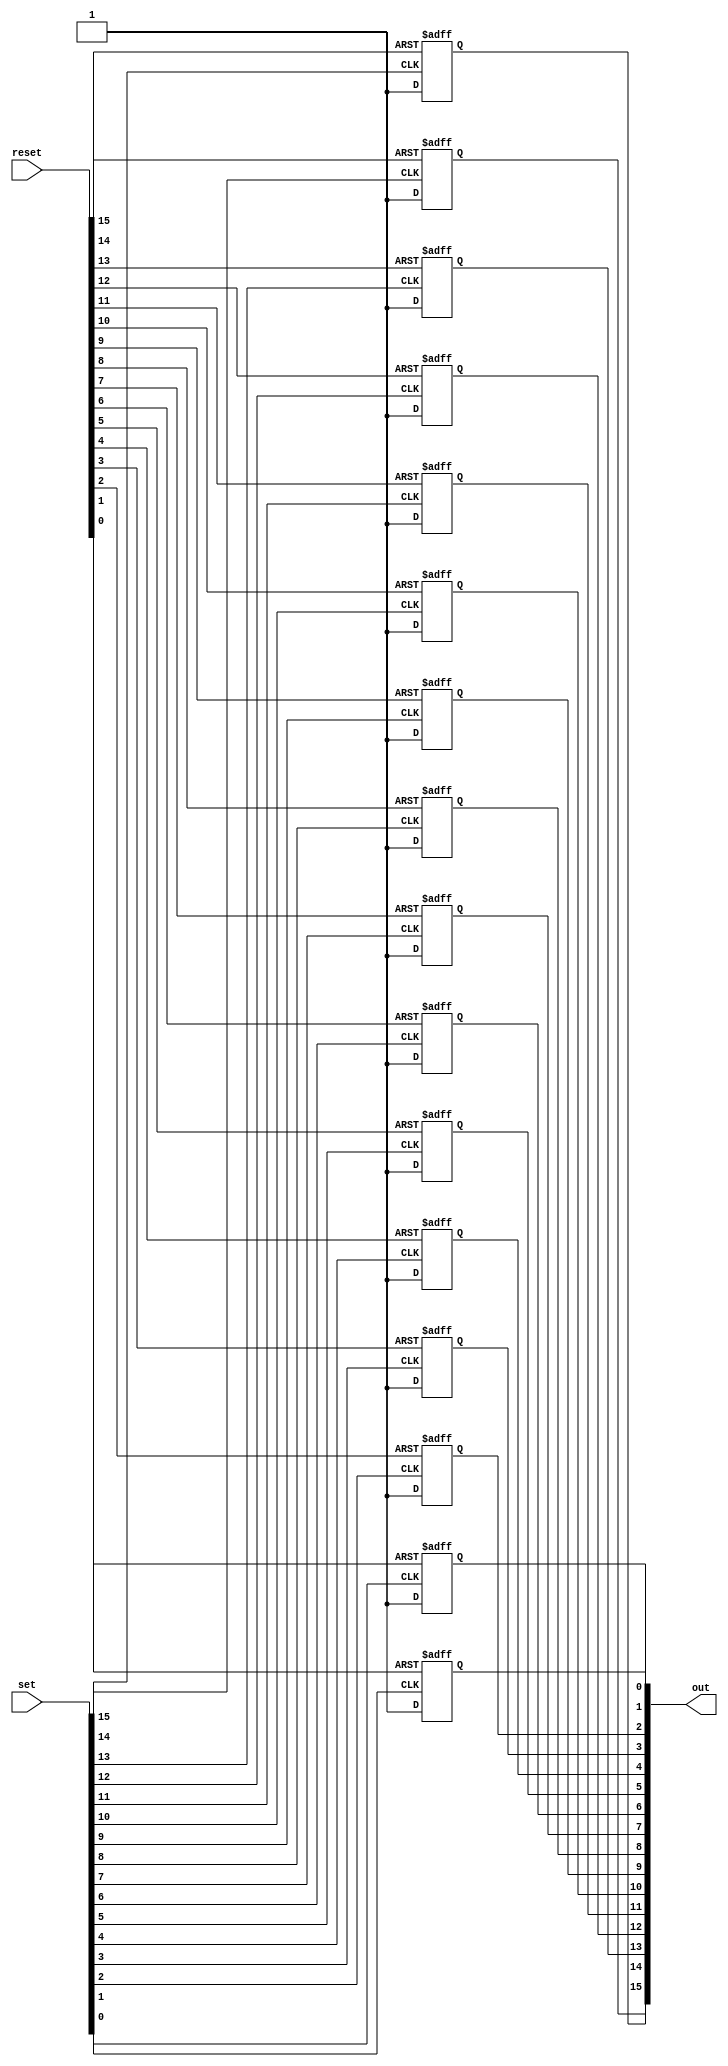
//
// mfp_srff16.v
//
// 16 bit set/reset flip flop. Each bit is set on the rising edge of set
// and asynchronoulsy cleared by the corresponding reset bit
//
// http://code.google.com/p/mist-board/
//
// Copyright (c) 2014 Till Harbaum <till@harbaum.org>
//
// This source file is free software: you can redistribute it and/or modify
// it under the terms of the GNU General Public License as published
// by the Free Software Foundation, either version 3 of the License, or
// (at your option) any later version.
//
// This source file is distributed in the hope that it will be useful,
// but WITHOUT ANY WARRANTY; without even the implied warranty of
// MERCHANTABILITY or FITNESS FOR A PARTICULAR PURPOSE.  See the
// GNU General Public License for more details.
//
// You should have received a copy of the GNU General Public License
// along with this program.  If not, see <http://www.gnu.org/licenses/>.

module mfp_srff16 (
        input [15:0] set,
        input [15:0] reset,
        output reg [15:0] out
);

always @(posedge set[0] or posedge reset[0]) begin
	if(reset[0]) out[0] <= 1'b0;
	else         out[0] <= 1'b1;
end
	
always @(posedge set[1] or posedge reset[1]) begin
	if(reset[1]) out[1] <= 1'b0;
	else         out[1] <= 1'b1;
end

always @(posedge set[2] or posedge reset[2]) begin
	if(reset[2]) out[2] <= 1'b0;
	else         out[2] <= 1'b1;
end

always @(posedge set[3] or posedge reset[3]) begin
	if(reset[3]) out[3] <= 1'b0;
	else         out[3] <= 1'b1;
end

always @(posedge set[4] or posedge reset[4]) begin
	if(reset[4]) out[4] <= 1'b0;
	else         out[4] <= 1'b1;
end

always @(posedge set[5] or posedge reset[5]) begin
	if(reset[5]) out[5] <= 1'b0;
	else         out[5] <= 1'b1;
end

always @(posedge set[6] or posedge reset[6]) begin
	if(reset[6]) out[6] <= 1'b0;
	else         out[6] <= 1'b1;
end

always @(posedge set[7] or posedge reset[7]) begin
	if(reset[7]) out[7] <= 1'b0;
	else         out[7] <= 1'b1;
end

always @(posedge set[8] or posedge reset[8]) begin
	if(reset[8]) out[8] <= 1'b0;
	else         out[8] <= 1'b1;
end

always @(posedge set[9] or posedge reset[9]) begin
	if(reset[9]) out[9] <= 1'b0;
	else         out[9] <= 1'b1;
end

always @(posedge set[10] or posedge reset[10]) begin
	if(reset[10]) out[10] <= 1'b0;
	else          out[10] <= 1'b1;
end

always @(posedge set[11] or posedge reset[11]) begin
	if(reset[11]) out[11] <= 1'b0;
	else          out[11] <= 1'b1;
end

always @(posedge set[12] or posedge reset[12]) begin
	if(reset[12]) out[12] <= 1'b0;
	else          out[12] <= 1'b1;
end

always @(posedge set[13] or posedge reset[13]) begin
	if(reset[13]) out[13] <= 1'b0;
	else          out[13] <= 1'b1;
end

always @(posedge set[14] or posedge reset[14]) begin
	if(reset[14]) out[14] <= 1'b0;
	else          out[14] <= 1'b1;
end

always @(posedge set[15] or posedge reset[15]) begin
	if(reset[15]) out[15] <= 1'b0;
	else          out[15] <= 1'b1;
end
 
endmodule